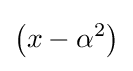
\left(x-\alpha ^{2}\right)